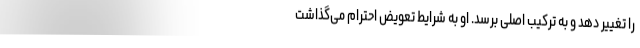
را تغییر دهد و به ترکیب اصلی برسد. او به شرایط تعویض احترام می‌گذاشت